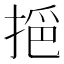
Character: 𢮤